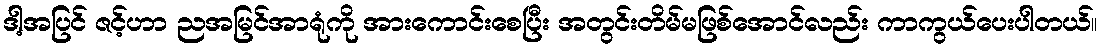
ဒါ့အပြင် ဇင့်ဟာ ညအမြင်အာရုံကို အားကောင်းစေပြီး အတွင်းတိမ်မဖြစ်အောင်လည်း ကာကွယ်ပေးပါတယ်။